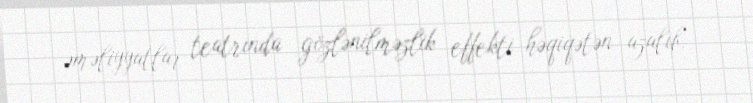
əməliyyatlar teatrında gözlənilməzlik effekti həqiqətən azalıb.